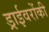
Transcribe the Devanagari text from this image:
ड्राईवरोंकी